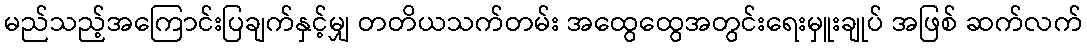
မည်သည့်အကြောင်းပြချက်နှင့်မျှ တတိယသက်တမ်း အထွေထွေအတွင်းရေးမှူးချုပ် အဖြစ် ဆက်လက်